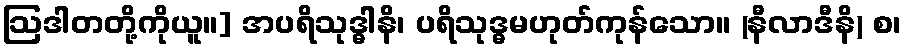
ဩဒါတတို့ကိုယူ။] အပရိသုဒ္ဓါနိ၊ ပရိသုဒ္ဓမဟုတ်ကုန်သော။ (နီလာဒီနိ) စ၊